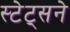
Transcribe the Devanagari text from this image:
स्टेट्सने